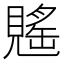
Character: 𧡷